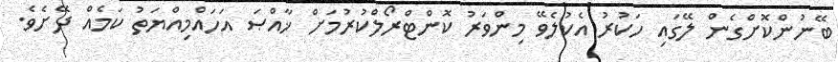
ބޭނުންކޮށްގެން ލޭގައި ހަކުރު އެކުލެވޭ މިންވަރު ކޮންޓްރޯލްކުރުމަށް ޚާއްޞަ އަހައްމިއްޔަތު ކަމެއް ދޭށެވެ.